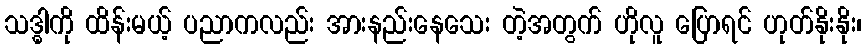
သဒ္ဓါကို ထိန်းမယ့် ပညာကလည်း အားနည်းနေသေး တဲ့အတွက် ဟိုလူ ပြောရင် ဟုတ်နိုးနိုး၊